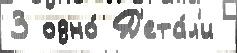
3 одно́ Д'ета́л'и